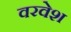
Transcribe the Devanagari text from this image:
वरवेश